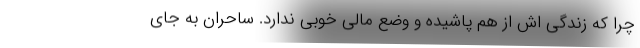
چرا که زندگی اش از هم پاشیده و وضع مالی خوبی ندارد. ساحران به جای